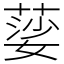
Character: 䓾